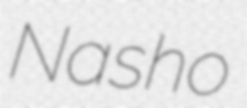
Nasho